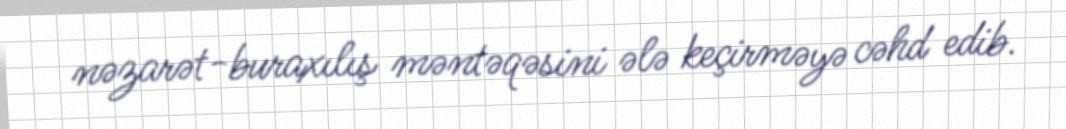
nəzarət-buraxılış məntəqəsini ələ keçirməyə cəhd edib.